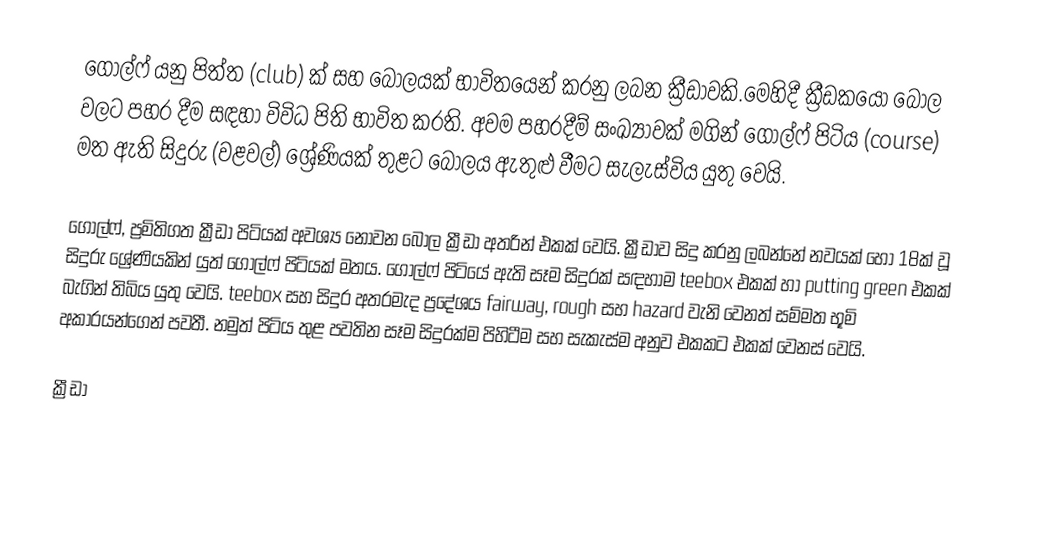
ගොල්ෆ් යනු පිත්ත (club) ක් සහ බෝලයක් භාවිතයෙන් කරනු ලබන ක්‍රීඩාවකි.මෙහිදී ක්‍රීඩකයෝ බෝල වලට පහර දීම සඳහා විවිධ පිති භාවිත කරති. අවම පහරදීම් සංඛ්‍යාවක් මගින් ගොල්ෆ් පිටිය (course) මත ඇති සිදුරු (වළවල්) ශ්‍රේණියක් තුළට බෝලය ඇතුළු වීමට සැලැස්විය යුතු වෙයි.

ගොල්ෆ්, ප්‍රමිතිගත ක්‍රීඩා පිටියක් අවශ්‍ය නොවන බෝල ක්‍රීඩා අතරින් එකක් වෙයි. ක්‍රීඩාව සිදු කරනු ලබන්නේ නවයක් හෝ 18ක් වූ සිදුරු ශ්‍රේණියකින් යුත් ගොල්ෆ් පිටියක් මතය. ගොල්ෆ් පිටියේ ඇති සෑම සිදුරක් සඳහාම teebox එකක් හා putting green එකක් බැගින් තිබිය යුතු වෙයි. teebox සහ සිදුර අතරමැද ප්‍රදේශය fairway, rough සහ hazard වැනි වෙනත් සම්මත භූමි අකාරයන්ගෙන් පවතී. නමුත් පිටිය තුළ පවතින සෑම සිදුරක්ම පිහිටීම සහ සැකැස්ම අනුව එකකට එකක් වෙනස් වෙයි.

ක්‍රීඩා